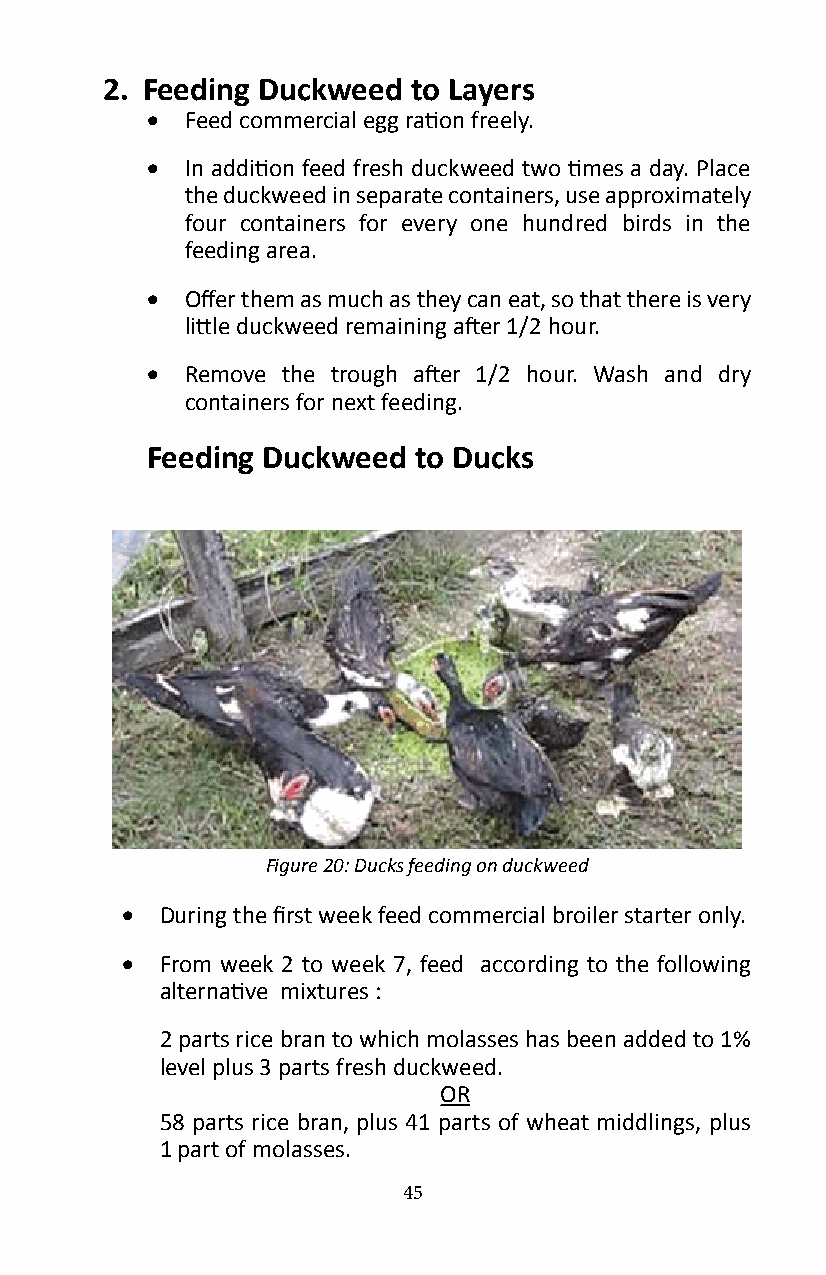
2� Feeding Duckweed to Layers
 • Feed commercial egg ration freely.
 • In addition feed fresh duckweed two times a day. Place
 the duckweed in separate containers, use approximately
 four containers for every one hundred birds in the
 feeding area�
 • Offer them as much as they can eat, so that there is very
 little duckweed remaining after 1/2 hour.
 • Remove the trough after 1/2 hour. Wash and dry
 containers for next feeding�
 Feeding Duckweed to Ducks
 Figure 20: Ducks feeding on duckweed
 •  During the first week feed commercial broiler starter only.
 •  From week 2 to week 7, feed according to the following
 alternative mixtures :
 2 parts rice bran to which molasses has been added to 1%
 level plus 3 parts fresh duckweed�
 OR
 58 parts rice bran, plus 41 parts of wheat middlings, plus
 1 part of molasses�
 45